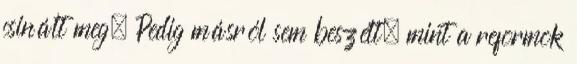
csinált meg. Pedig másról sem beszélt, mint a reformok